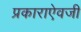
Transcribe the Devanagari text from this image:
प्रकाराऐवजी